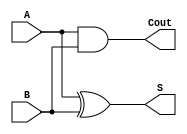
module half_adder(
    input A, 
    input B, 
    output S, 
    output Cout
);

assign S = A ^ B;
assign Cout = A & B;

endmodule

module full_adder(
    input A, 
    input B, 
    input Cin, 
    output S, 
    output Cout
);

assign S = A ^ B ^ Cin;
assign Cout = (A & B) | (Cin & (A ^ B));

endmodule

module full_adder_tb;

reg A, B, Cin;
wire S, Cout;

full_adder FA (
    .A(A),
    .B(B),
    .Cin(Cin),
    .S(S),
    .Cout(Cout)
);

initial begin
    $monitor("A=%b, B=%b, Cin=%b, S=%b, Cout=%b", A, B, Cin, S, Cout);
    // Test all input combinations
    #5 A = 0; B = 0; Cin = 0;
    #5 A = 0; B = 0; Cin = 1;
    #5 A = 0; B = 1; Cin = 0;
    #5 A = 0; B = 1; Cin = 1;
    #5 A = 1; B = 0; Cin = 0;
    #5 A = 1; B = 0; Cin = 1;
    #5 A = 1; B = 1; Cin = 0;
    #5 A = 1; B = 1; Cin = 1;
    #5 $finish;
end

endmodule